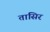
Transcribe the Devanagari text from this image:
तासिर